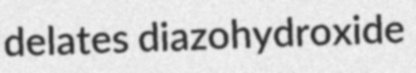
delates diazohydroxide